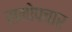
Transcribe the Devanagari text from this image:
समोपचार